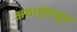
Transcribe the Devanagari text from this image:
अधातूंपासून